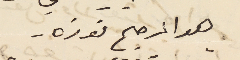
هو المرجح فوزه -